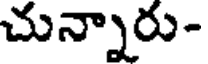
చున్నారు-